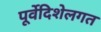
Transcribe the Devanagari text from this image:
पूर्वेदिशेलगत